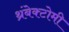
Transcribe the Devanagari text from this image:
थ्रंबेक्टोमी